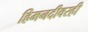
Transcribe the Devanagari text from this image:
हिमनदीवरही